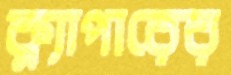
ক্ল্যাপারের